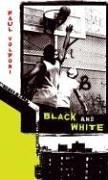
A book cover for Black and White (Speak); Paul Volponi; Teen & Young Adult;